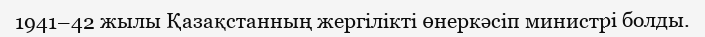
1941–42 жылы Қазақстанның жергілікті өнеркәсіп министрі болды.